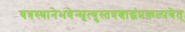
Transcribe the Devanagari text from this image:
यत्रस्थानेभवेन्मृत्युस्तत्रश्राद्धंप्रकल्पयेत्